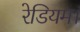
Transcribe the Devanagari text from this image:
रेडियम।